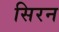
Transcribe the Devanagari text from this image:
सिरन